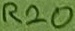
Text: R20